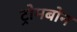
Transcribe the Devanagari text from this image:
ट्रोमबोन